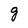
Character: g